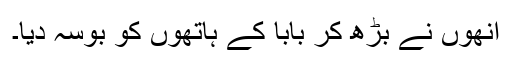
انھوں نے بڑھ کر بابا کے ہاتھوں کو بوسہ دیا۔